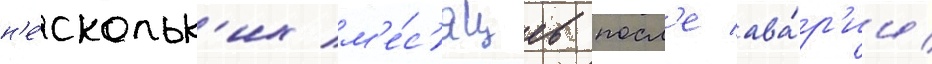
н'е́скольк'их м'е́с'яцев посл'е ава́р'ии